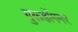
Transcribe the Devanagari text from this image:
गुरूडोंगमर